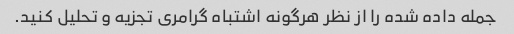
جمله داده شده را از نظر هرگونه اشتباه گرامری تجزیه و تحلیل کنید.